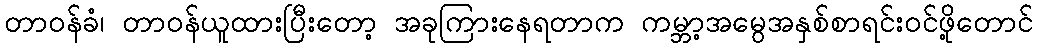
တာဝန်ခံ၊ တာဝန်ယူထားပြီးတော့ အခုကြားနေရတာက ကမ္ဘာ့အမွေအနှစ်စာရင်းဝင်ဖို့တောင်